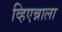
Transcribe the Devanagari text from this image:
व्हिएन्नाला